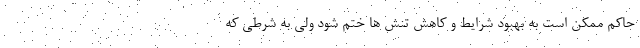
حاکم ممکن است به بهبود شرایط و کاهش تنش ها ختم شود ولی به شرطی که